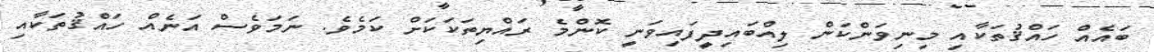
ބައެއް ހައްޤުތަކާއި މިނިވަންކަން ލިއްބައިދީފައިވަނީ ކޮންމެ ރައްޔިތަކަކަށް ކަމެވެ. ނަމަވެސް އަނެއް ހައްޤުތަކާއި